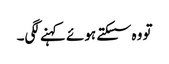
تو وہ سسکتے ہوئے کہنے لگی۔